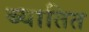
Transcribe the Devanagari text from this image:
ब्यातित